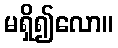
မရှိ၍လော။